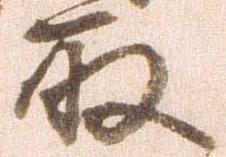
取